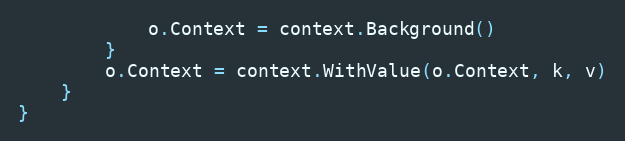
Language: Go
			o.Context = context.Background()
		}
		o.Context = context.WithValue(o.Context, k, v)
	}
}